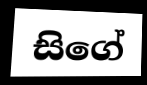
සිගේ